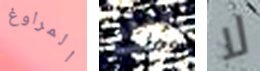
المراوغ تلك لا